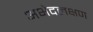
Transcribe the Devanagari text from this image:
अभेदलक्षण